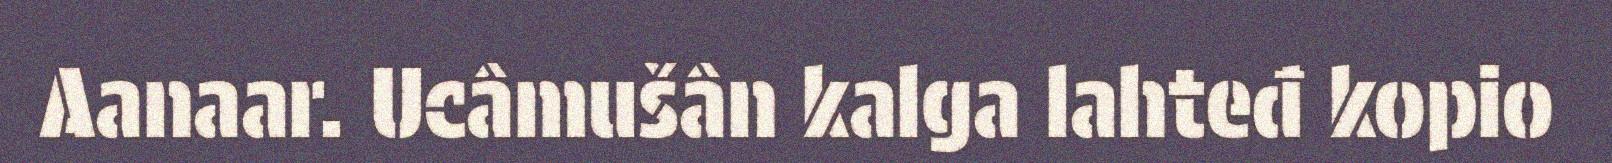
Aanaar. Ucâmušân kalga lahteđ kopio